Report of the Indian Hemp Drugs Commission, 1894-1895 - Volume IV
Year: 1894
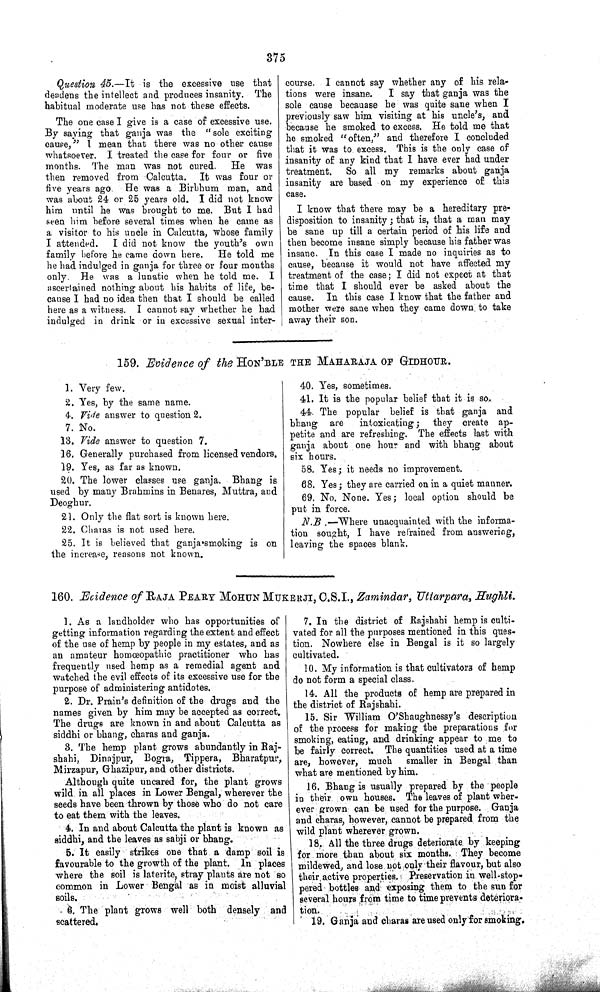
375
Question 45.—It
is the excessive use that
deadens the intellect and produces insanity. The
habitual moderate use has not these effects.
The one case I give is a case of excessive use.
By saying that ganja was the "sole exciting
cause," I mean that there was no other cause
whatsoever. I treated the case for four or five
months. The man was not cured.
He was
then removed from Calcutta. It was four or
five years ago. He was a Birbhum man, and
was about 24 or 25 years old. I did not know
him until he was brought to me. But I had
seen him before several times when he came as
a visitor to his uncle in Calcutta, whose family
I attended.
I did not know the youth's own
family before he came down here.
He told me
he had indulged in ganja for three or four months
only. He was a lunatic when he told me. I
ascertained nothing about his habits of life, be-
cause I had no idea then that I should be called
here as a witness. I cannot say whether he had
indulged in drink or in excessive sexual inter-
course. I cannot say whether any of his rela-
tions were insane.
I say that ganja was the
sole cause becauase he was quite sane when I
previously saw him visiting at his uncle's, and
because he smoked to excess. He told me that
he smoked "often," and therefore I concluded
that it was to excess. This is the only case of
insanity of any kind that I have ever had under
treatment.
So all my remarks about ganja
insanity are based on my experience of this
case.
I know that there may be a hereditary pre-
disposition to insanity; that is, that a man may
be sane up till a certain period of his life and
then become insane simply because his father was
insane. In this case I made no inquiries as to
cause, because it would not have affected my
treatment of the case; I did not expect at that
time that I should ever be asked about the
cause. In this case I know that the father and
mother were sane when they came down to take
away their son.
159. Evidence of the HON'BLE THE MAHARAJA OF GIDHOUR.
1. Very few.
2. Yes, by the same name.
4. Vide answer to question 2.
7. No.
13. Vide answer to question 7.
16. Generally purchased from licensed vendors.
19. Yes, as far as known.
20. The lower classes use ganja. Bhang is
used by many Brahmins in Benares, Muttra, and
Deoghur.
21. Only the flat sort is known here.
22. Charas is not used here.
25. It is believed that ganja-smoking is on
the increase, reasons not known.
40. Yes, sometimes.
41. It is the popular belief that it is so.
44. The popular belief is that ganja and
bhang are
intoxicating; they create ap-
petite and are refreshing. The effects last with
ganja about one hour and with bhang about
six hours.
58. Yes; it needs no improvement.
68. Yes; they are carried on in a quiet manner.
69. No. None. Yes; local option should be
put in force.
N.B.—Where
unacquainted with the informa-
tion sought, I have refrained from answering,
leaving the spaces blank.
160. Evidence of RAJA PEARY MOHUN MUKERJI, C.S.I., Zamindar, Uttarpara, Hughli.
1. As a landholder who has opportunities of
getting information regarding the extent and effect
of the use of hemp by people in my estates, and as
an amateur homœopathic practitioner who has
frequently used hemp as a remedial agent and
watched the evil effects of its excessive use for the
purpose of administering antidotes.
2. Dr. Prain's definition of the drugs and the
names given by him may be accepted as correct.
The drugs are known in and about Calcutta as
siddhi or bhang, charas and ganja.
3. The hemp plant grows abundantly in Raj-
shahi, Dinajpur, Bogra, Tippera, Bharatpur,
Mirzapur, Ghazipur, and other districts.
Although quite uncared for, the plant grows
wild in all places in Lower Bengal, wherever the
seeds have been thrown by those who do not care
to eat them with the leaves.
4. In and about Calcutta the plant is known as
siddhi, and the leaves as sabji or bhang.
5. It easily strikes one that a damp soil is
favourable to the growth of the plant. In places
where the soil is laterite, stray plants are not so
common in Lower Bengal as in moist alluvial
soils.
6. The plant grows well both densely and
scattered.
7. In the district of Rajshahi hemp is culti-
vated for all the purposes mentioned in this ques-
tion. Nowhere else in Bengal is it so largely
cultivated.
10. My information is that cultivators of hemp
do not form a special class.
14. All the products of hemp are prepared in
the district of Rajshahi.
15. Sir William O'Shaughnessy's description
of the process for making the preparations for
smoking, eating, and drinking appear to me to
be fairly correct. The quantities used at a time
are, however, much
smaller in Bengal than
what are mentioned by him.
16. Bhang is usually prepared by the people
in their own houses. The leaves of plant wher-
ever grown can be used for the purpose. Ganja
and charas, however, cannot be prepared from the
wild plant wherever grown.
18. All the three drugs deteriorate by keeping
for more than about six months. They become
mildewed, and lose not only their flavour, but also
their active properties. Preservation in well-stop-
pered bottles and exposing them to the sun for
several hours from time to time prevents deteriora-
tion.
19. Ganja and charas are used only for smoking.